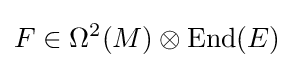
F\in \Omega ^{2}(M)\otimes {\mbox{End}}(E)